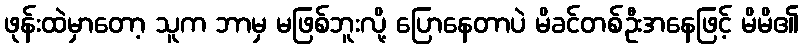
ဖုန်းထဲမှာတော့ သူက ဘာမှ မဖြစ်ဘူးလို့ ပြောနေတာပဲ မိခင်တစ်ဦးအနေဖြင့် မိမိ၏